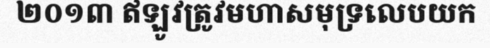
២០១៣ ឥឡូវត្រូវមហាសមុទ្រលេបយក